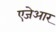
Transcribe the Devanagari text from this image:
एजेआर